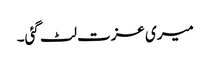
میری عزت لٹ گئی۔